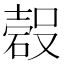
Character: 𱴧